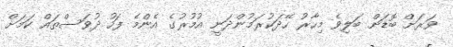
ވަރަށް ބޮޑަށް ބަލިވެ މިހާރު ހޭދަކުރަމުންދަނީ އުމުރުގެ އެންމެ ފަހު ދުވަސްތައް ކަމަށް